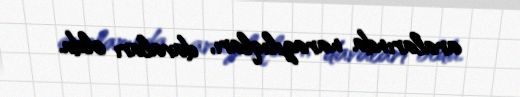
aralarında narazılıqları, davaları oldu.